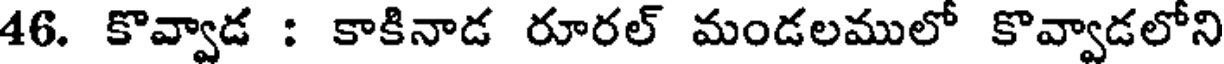
46. కొవ్వాడ : కాకినాడ రూరల్ మండలములో కొవ్వాడలోని